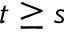
t \geq s